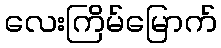
လေးကြိမ်မြောက်